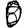
Digit: 0